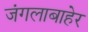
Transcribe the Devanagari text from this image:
जंगलाबाहेर